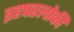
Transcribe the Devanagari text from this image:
इहपरलोकीं